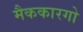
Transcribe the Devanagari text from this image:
मैककारगो